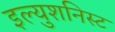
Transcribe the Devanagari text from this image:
इल्युशनिस्ट